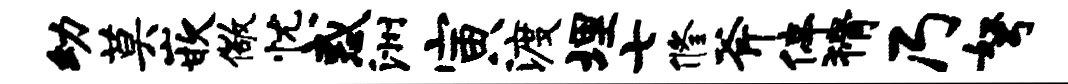
幼莫嵌儆忧惑洲寅渡埋七修斧停猾乃弩